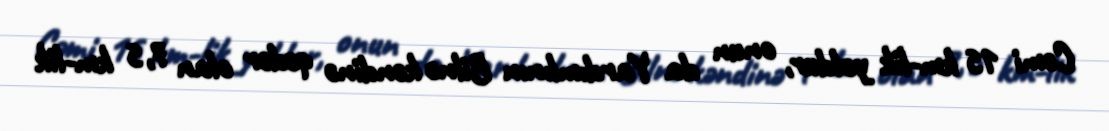
Cəmi 15 km-lik yoldur, onun da Yardımlının Bilnə kəndinə qədər olan 7,5 km-lik